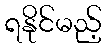
ရနိုင်မည့်